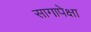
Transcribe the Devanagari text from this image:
सागापेक्षा